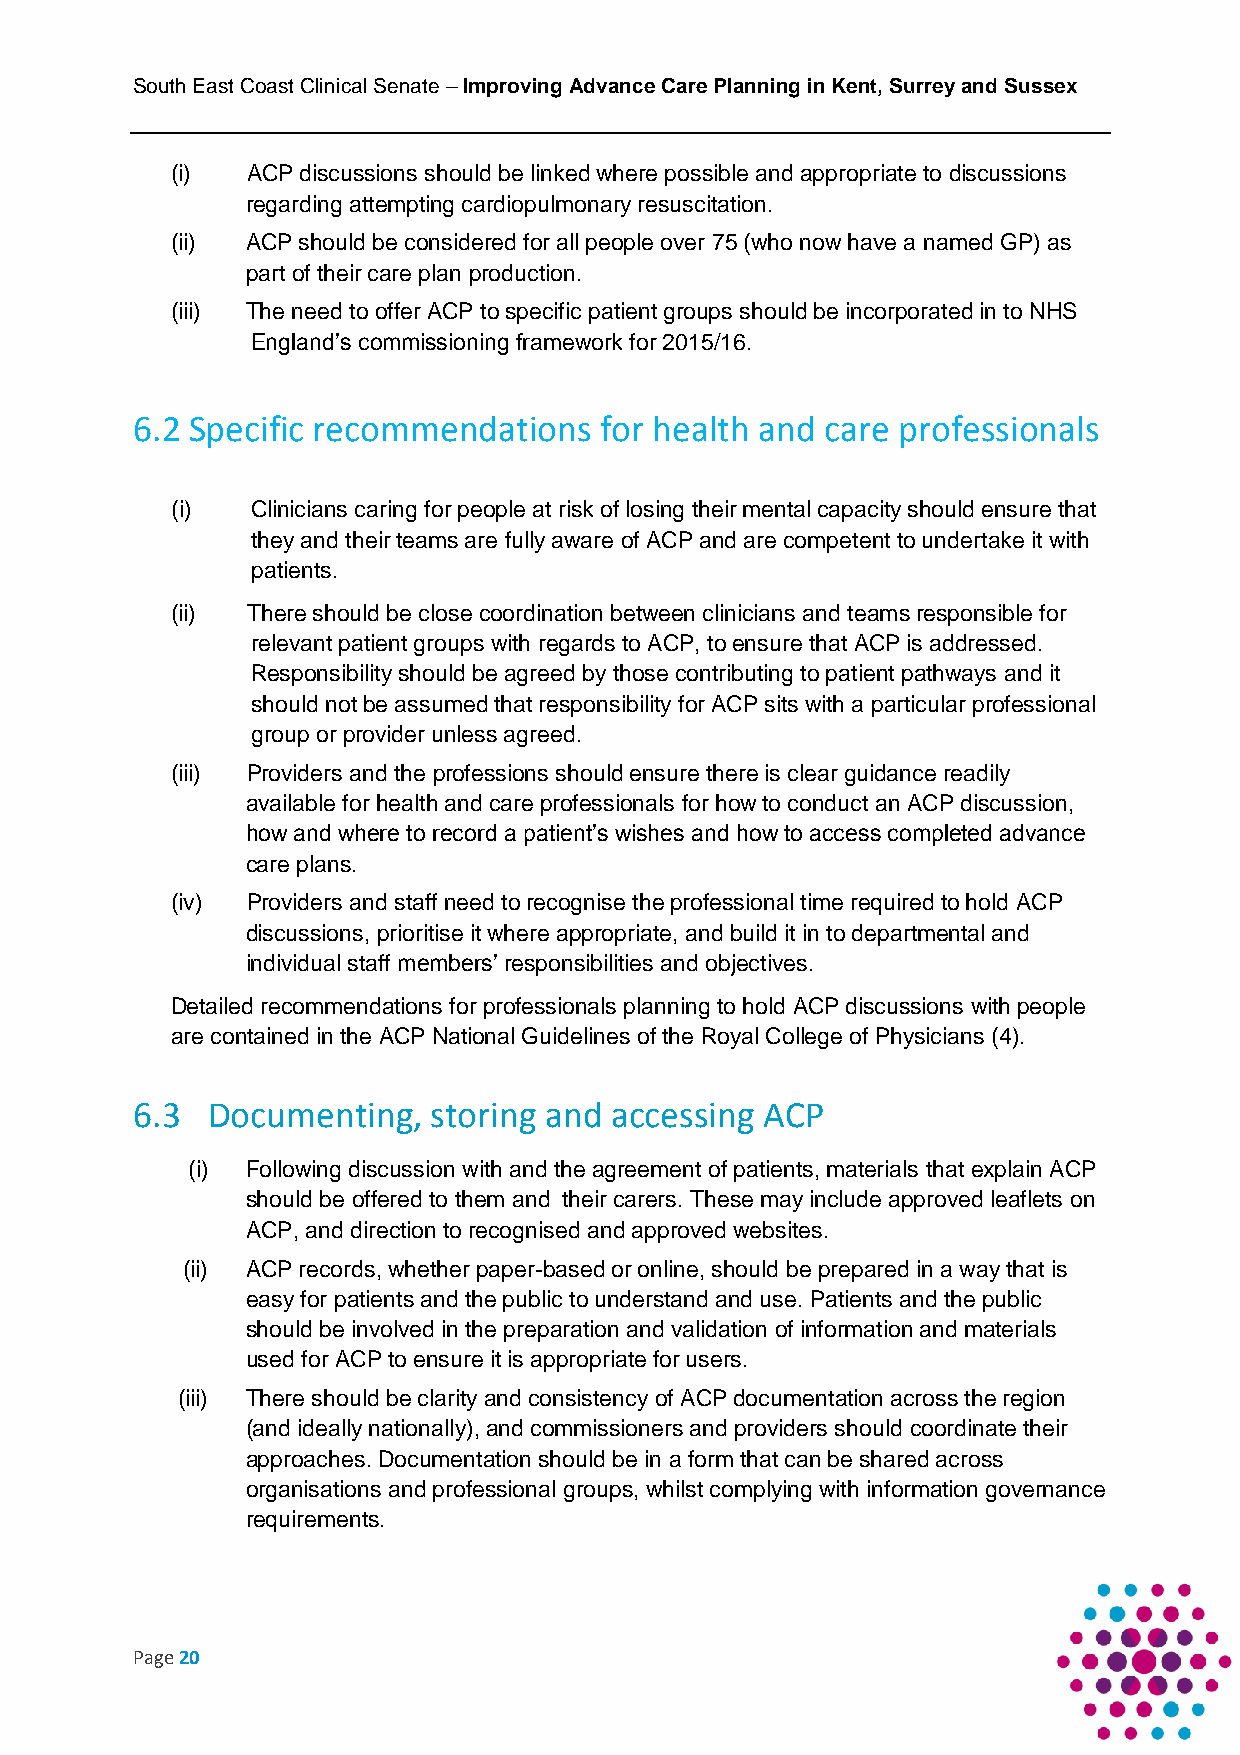
South East Coast Clinical Senate – Improving Advance Care Planning in Kent, Surrey and Sussex
 (i)  ACP discussions should be linked where possible and appropriate to discussions
 regarding attempting cardiopulmonary resuscitation.
 (ii) ACP should be considered for all people over 75 (who now have a named GP) as
 part of their care plan production.
 (iii) The need to offer ACP to specific patient groups should be incorporated in to NHS
 England’s commissioning framework for 2015/16.
 6.2 Specific recommendations   for health and care professionals
 (i)   Clinicians caring for people at risk of losing their mental capacity should ensure that
 they and their teams are fully aware of ACP and are competent to undertake it with
 patients.
 (ii) There should be close coordination between clinicians and teams responsible for
 relevant patient groups with regards to ACP, to ensure that ACP is addressed.
 Responsibility should be agreed by those contributing to patient pathways and it
 should not be assumed that responsibility for ACP sits with a particular professional
 group or provider unless agreed.
 (iii) Providers and the professions should ensure there is clear guidance readily
 available for health and care professionals for how to conduct an ACP discussion,
 how and where to record a patient’s wishes and how to access completed advance
 care plans.
 (iv) Providers and staff need to recognise the professional time required to hold ACP
 discussions, prioritise it where appropriate, and build it in to departmental and
 individual staff members’ responsibilities and objectives.
 Detailed recommendations for professionals planning to hold ACP discussions with people
 are contained in the ACP National Guidelines of the Royal College of Physicians (4).
 6.3  Documenting,   storing and accessing ACP
 (i) Following discussion with and the agreement of patients, materials that explain ACP
 should be offered to them and their carers. These may include approved leaflets on
 ACP, and direction to recognised and approved websites.
 (ii) ACP records, whether paper-based or online, should be prepared in a way that is
 easy for patients and the public to understand and use. Patients and the public
 should be involved in the preparation and validation of information and materials
 used for ACP to ensure it is appropriate for users.
 (iii) There should be clarity and consistency of ACP documentation across the region
 (and ideally nationally), and commissioners and providers should coordinate their
 approaches. Documentation should be in a form that can be shared across
 organisations and professional groups, whilst complying with information governance
 requirements.
 Page 20